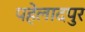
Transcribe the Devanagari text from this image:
पहेलादपुर